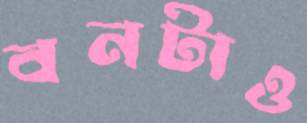
বনটাও